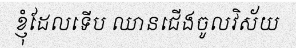
ខ្ញុំដែលទើប ឈានជើងចូលវិស័យ